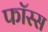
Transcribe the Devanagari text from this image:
फॉस्स